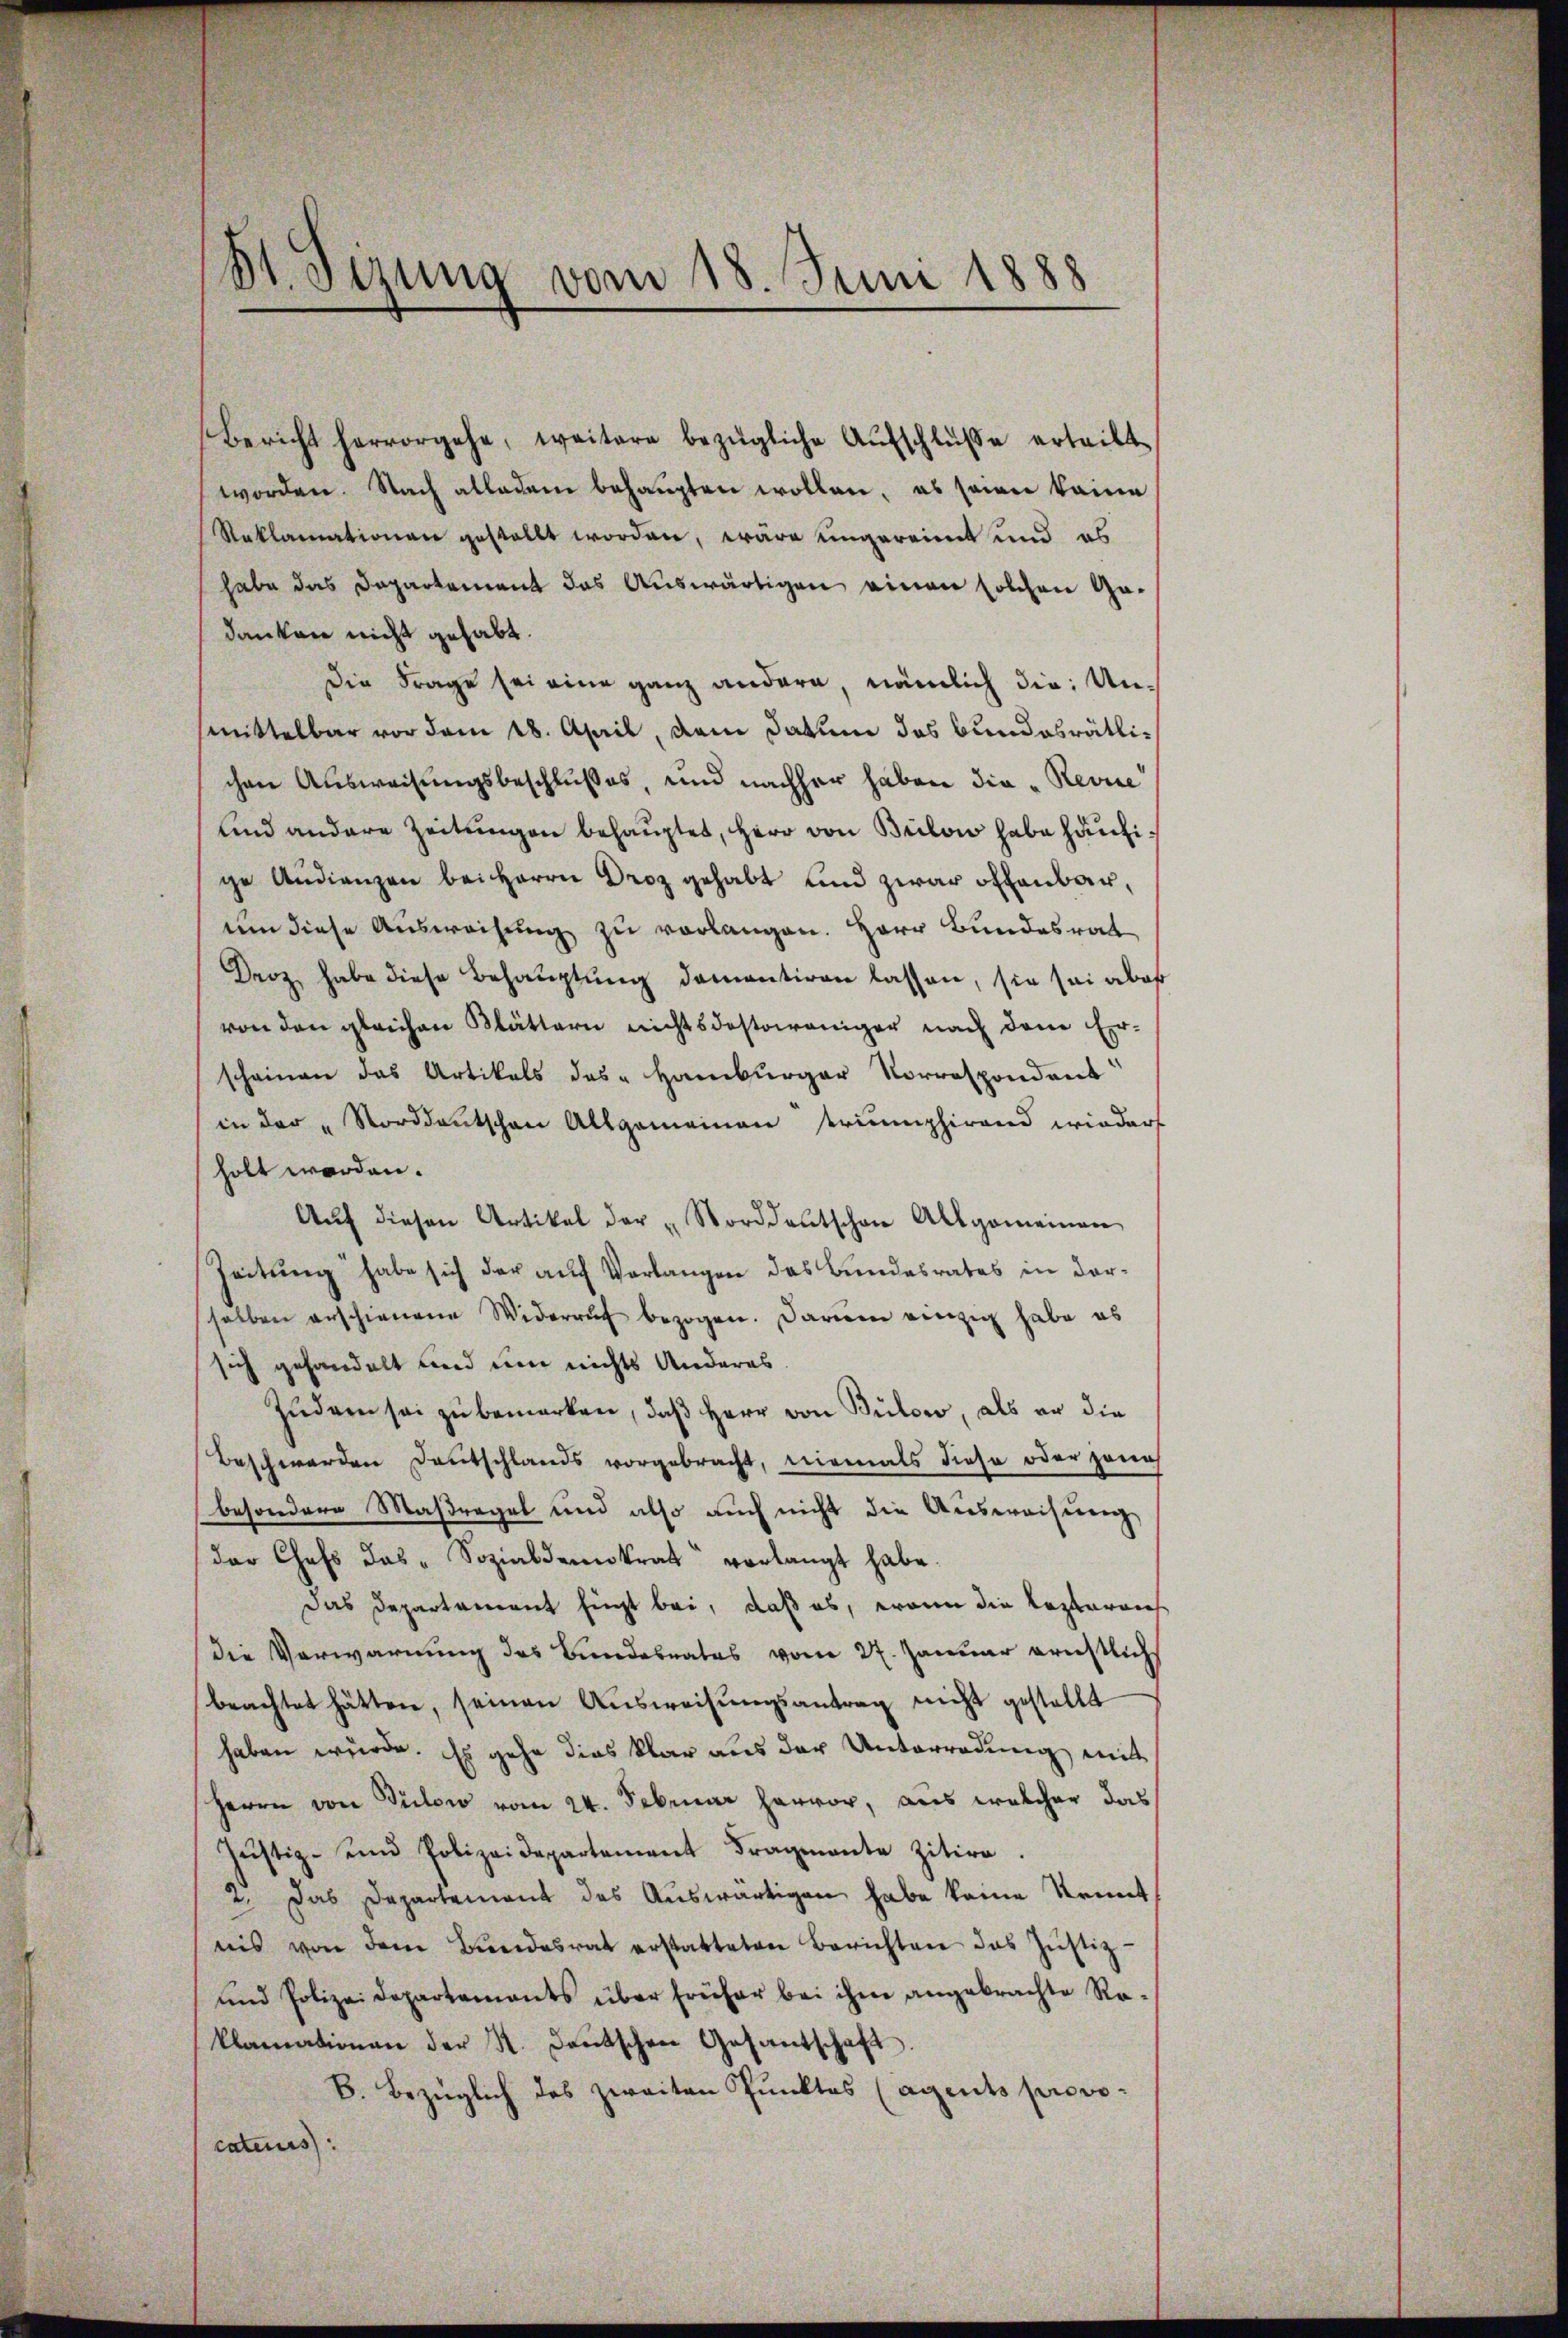
St. Sizung vom 18. Juni 1888

Bericht hervorgehe, weitere bezügliche Aŭfschlüβe erteilt.
worden. Nach alledem behaupten wollen, es seiner keine
Reklamationen gestellt worden, wäre ungereint und es
habe das Departement das Auswärtigen einen solchen Gadanken nicht gehabt.
Die Frage sei eine ganz andern, nämlich die Unmittelbar vor dem 18. April, dem Datum das bundesrätlichen Ausweisungsbeschlußes, und nachher haben die „Revue
und andere Zeitungen behauptet, Herr von Brilow habe häufige Audienzen bei Herrn Droz gehabt und zwar offenbar,
um diese Ausweisung zu verlangen. Herr Bundesrat
Droz habe diese Behauptung damantiren lassen, sie sei aber
von den gleichen Blättern nichtsdestoweniger nach dem Erscheinen das Artikels das Hamburger Vorrespondant
in der „Norddeutschen Allgemeinen teriumphirend wieder
holt werden.
Aŭf diesen Artikel der „Norddeutschen Allgemeinen
Zeitung habe sich der auf Verlangen des Bundesrates in darselben erschienene Widerruf bezogen. Darum einzig habe es
sich gehandelt und um nichts Anderes
jŭdem sei zu bemerken, daβ Herr von Bülow, als er die
Beschwerden Deutschlands vorgebracht, niemals diese oder jenes
besondere Maßregel und also auch nicht die Ausweisung
der Chefs das - Sozialdemokrat verlangt habe.
Das Departement fügt bei, daß es, wenn die Leztaraus
die Verwarnung des Bundesrates vom 27. Januar ernstlich
beachtet hätten, seinen Aŭsweisŭngsantrag nicht gestellt
haben würde. Es gehe dies klar aus der Unterredung mit
Herrn von Tulow vom 24. Februar hervor, aus welcher das
Justiz- und Polizeidepartement Fragmante zitire.
s
u. Das Departement des Aŭswärtigen habe keine Kennt
nis von dem Bŭndesrat erstatteten Berichten das Jŭstiz-
und Polizei Departements über früher bei ihm angebrachte Ro-
klamationen der K. Deutschen Gesantschaft.
B. Bezüglich des zweiten Punktes (Agents provocaturus